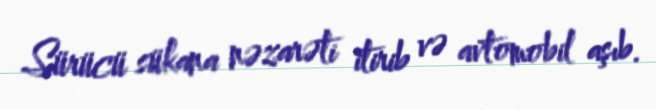
Sürücü sükana nəzarəti itirib və avtomobil aşıb.